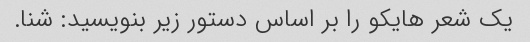
یک شعر هایکو را بر اساس دستور زیر بنویسید: شنا.